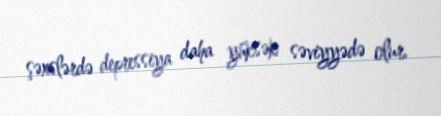
şəxslərdə depressiya daha yüksək səviyyədə olur.